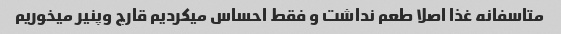
متاسفانه غذا اصلا طعم نداشت و فقط احساس میکردیم قارچ وپنیر میخوریم